Annual administration report of the Civil Veterinary Department of India - 1894-1895
Year: 1894
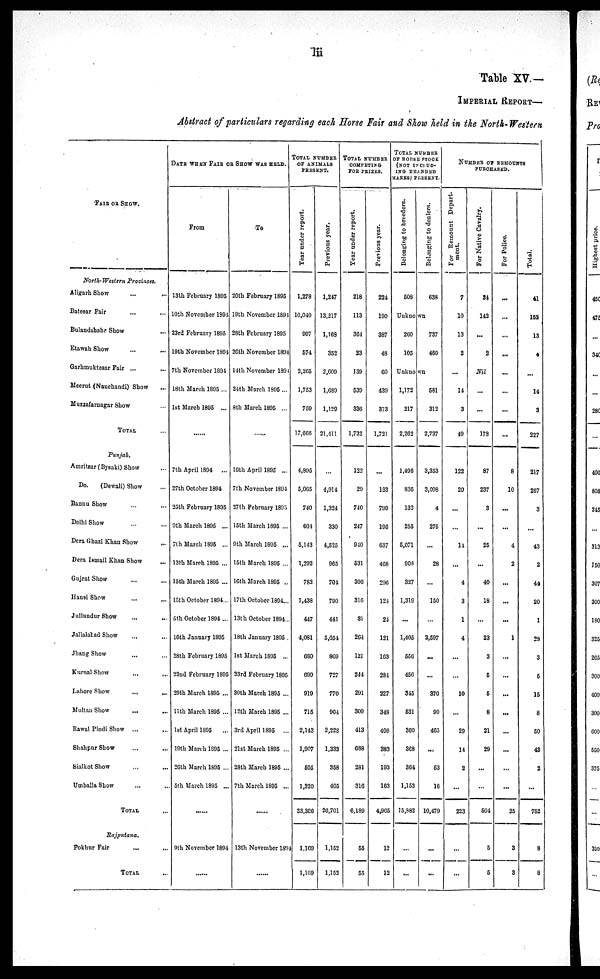
lii
Table XV.—
IMPERIAL REPORT—
Abstract of particulars regarding each Horse Fair and Show held in the North-Western
FAIR OR SHOW.
North-Western Provinces.
Aligarh Show
...
...
Batesar Fair ... ...
Bulandshahr Show ...
Etawah Show
...
...
Garhmuktesar Fair ...
...
Meerut (Nauchandi) Show...
Muzzafarnagar Show ...
TOTAL ...
Punjab.
Amritsar (Bysaki) Show ...
Do.
(Dewali) Show ...
Bannu Show ... ...
Delhi Show ... ...
Dera Ghazi Khan Show...
Dera Ismail Khan Show...
Gujrat Show
...
...
Hansi Show
...
...
Jullundur Show
...
...
Jallalatad Show ... ...
Jhang Show
...
...
Kurnal Show
...
...
Lahore Show
...
...
Multan Show
...
...
Rawal Pindi Show ...
...
Shahpur Show
...
...
Sialkot Show
...
...
Umballa Show ... ...
TOTAL...
Rajputana.
Pokhur Fair
...
...
TOTAL...
DATE WHEN FAIR OR SHOW WAS HELD.
From
13th February 1805
10th November 1894
23rd February 1895
19th November 1891
7th November 1894
18th March 1895 ...
1st March 1895 ...
...
7th April 1894
...
27th October 1894
25th February 1895
9th March 1895 ...
7th March 1895 ...
13th March 1895 ...
15th March 1895 ...
15th October 1894...
5th October 1894...
10th January 1895
28th February 1895
22nd February 1895
29th March 1895 ...
11th March 1895 ...
1st April 1895
19th March 1895 ...
26th March 1895 ...
5th March 1895 ...
...
9th November 1894
...
To
20th February 1895
19th November 1894
28th February 1895
26th November 1894
14th November 1894
24th March 1895 ...
8th March 1895 ...
...
10th April 1895 ...
7th November 1894
27th February 1895
15th March 1895 ...
9th March 1895 ...
15th March 1895 ...
16th March 1895 ..
17th October 1894...
13th October 1894..
18th January 1895 .
1st March 1895 ...
23rd February 1895
30th March 1895 ...
12th March 1895 ...
3rd April 1895 ...
21st March 1895 ...
28th March 1895 ...
7th March 1895 ...
...
13th November 1894
...
TOTAL
NUMBER
OF ANIMALS
PRESENT.
Year
under report.
1,278
10,040
997
574
2,265
1,753
759
17,666
4,895
5,065
740
604
5,143
1,292
782
1,438
447
4,081
680
690
919
715
2,143
1,907
505
1,320
33,366
1.169
1,169
Previous year.
1,247
13,217
1,169
352
2,609
1,039
1,120
21,411
...
4,914
1,324
330
4,525
905
701
790
441
5,051
869
727
770
904
2.228
1,333
358
405
20,701
1,152
1,152
TOTAL NUMBER
COMPETING
FOR PRIZES.
Year under report.
218
113
364
23
139
539
336
1,732
122
29
740
247
940
531
306
316
31
264
121
244
291
309
413
688
281
316
6,189
55
55
Previous year.
224
190
387
48
60
439
373
1,721
...
133
799
196
637
468
296
124
21
121
163
284
227
348
406
383
193
163
4,965
12
12
TOTAL NUMBER
OF HORSE STOOK
(NOT
INCLUD¬
ING BRANDED
MARES) PRESENT.
Belonging to breeders.
508
Belonging to dealers.
638
Unknown
260
105
737
469
Unknown
1,172
217
2,262
1,496
836
132
255
5,071
908
327
1,319
...
1,405
556
456
345
531
360
368
364
1,153
15,882
...
...
581
312
2,737
3,353
3,098
4
275
...
28
...
150
...
2,597
...
...
370
90
465
...
53
16
10,479
...
...
NUMBER OF REMOUNTS
PURCHASED.
For Remount Depart-
ment.
7
10
13
2
...
14
3
49
122
20
...
...
11
...
4
3
1
4
...
...
10
...
29
14
2
...
223
...
...
For Native Cavalry.
34
142
...
2
Nil
...
...
178
87
237
3
...
25
...
40
18
23
3
5
5
8
21
29
...
...
504
5
5
For Police.
...
...
...
...
...
...
...
...
8
10
...
...
4
2
...
...
...
1
...
...
...
...
...
...
...
...
25
3
3
Total.
41
152
13
4
...
14
3
227
217
267
3
...
43
2
44
20
1
28
3
5
15
8
50
43
2
...
752
8
8